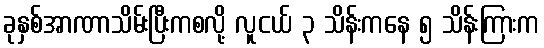
ခုနှစ်အာဏာသိမ်းပြီးကစလို့ လူငယ် ၃ သိန်းကနေ ၅ သိန်းကြားက